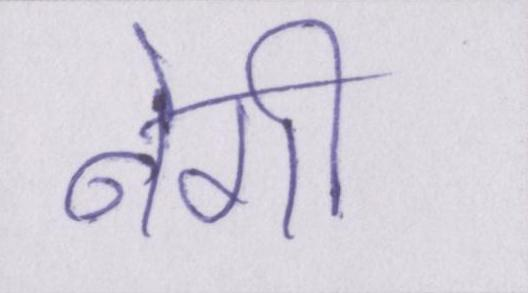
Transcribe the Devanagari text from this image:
नेगी